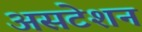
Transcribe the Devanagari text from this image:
असटेशन